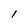
Character: l